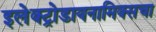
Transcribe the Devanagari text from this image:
इलेक्ट्रोडायनामिक्सचा